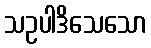
သဥပါဒိသေသော